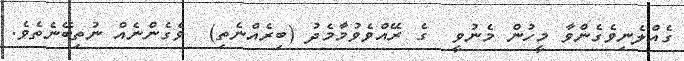
ގެއްލެނިވެގެންވާ މީހުން މެނުވީ  ގެ ރޭއްވެވުމާމެދު (ބިރެއްނެތި)  ވެގެންނެއް ނުތިބޭނެތެވެ.